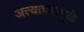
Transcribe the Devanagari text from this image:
अत्याचारमुळे